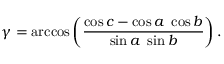
\gamma = \operatorname { a r c c o s } \left( { \frac { \cos c - \cos a \ \cos b } { \sin a \ \sin b } } \right) .